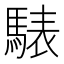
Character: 𩤕